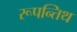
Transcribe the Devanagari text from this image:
रूपन्तिथ